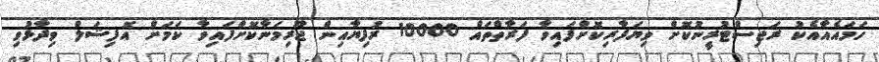
ހަމައެއާއެކު ރަޖިސްޓުރީނުކޮށް ވިޔަފާރިކޮށްފައިވާ ފަރާތްތައް 10000 ރުފިޔާއިން ޖޫރިމަނާކޮށްފައިވާ ކަމަށް އޮފިޝަލް ވިދާޅުވި